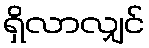
ရှိလာလျှင်